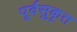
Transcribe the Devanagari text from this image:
पूर्वसुकृत